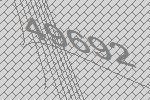
49692